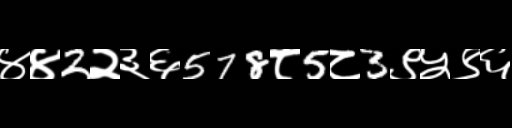
Text: ४४2२३६578८5८3९५९६